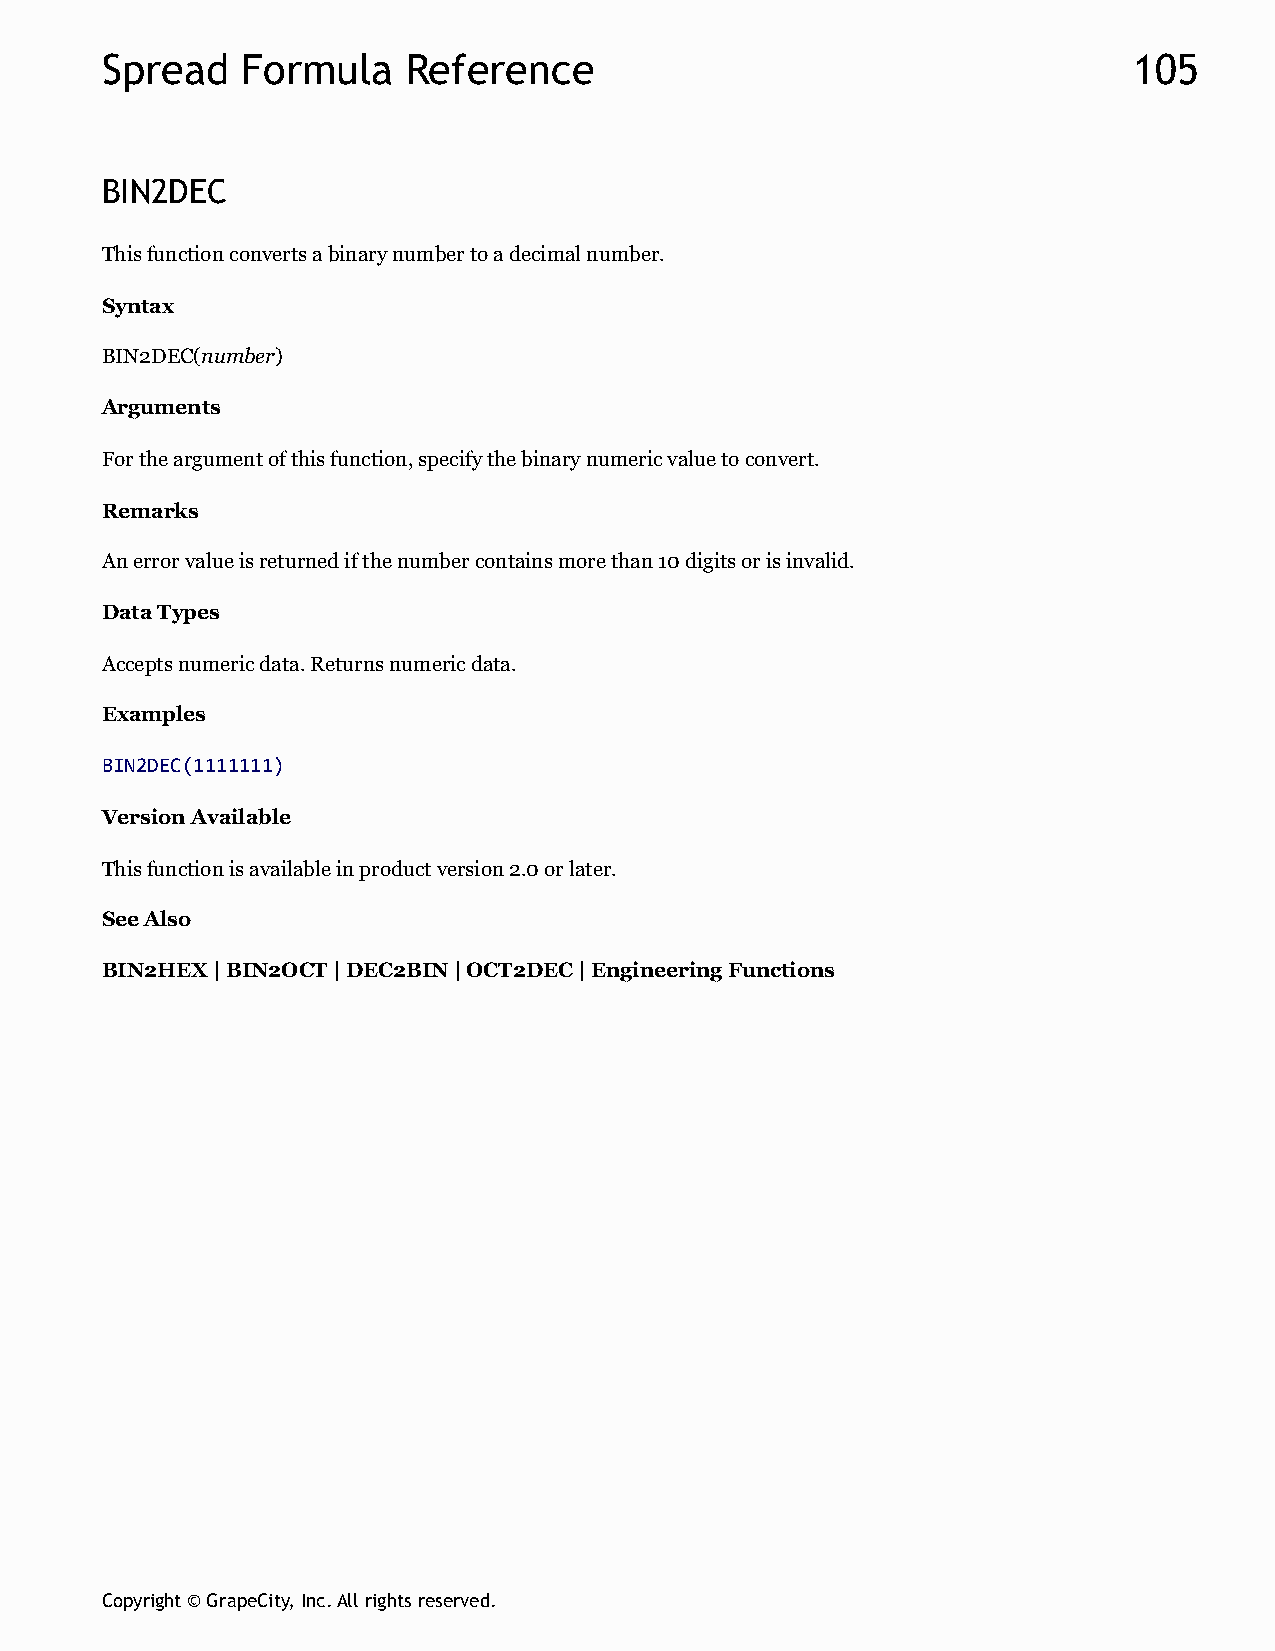
Spread   Formula    Reference                                       105
 BIN2DEC
 This function converts a binary number to a decimal number.
 Syntax
 BIN2DEC(number)
 Arguments
 For the argument of this function, specify the binary numeric value to convert.
 Remarks
 An error value is returned if the number contains more than 10 digits or is invalid.
 Data Types
 Accepts numeric data. Returns numeric data.
 Examples
 BIN2DEC(1111111)
 Version Available
 This function is available in product version 2.0 or later.
 See Also
 BIN2HEX | BIN2OCT | DEC2BIN | OCT2DEC | Engineering Functions
 Copyright © GrapeCity, Inc. All rights reserved.